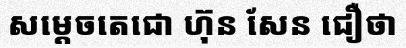
សម្តេចតេជោ ហ៊ុន សែន ជឿថា